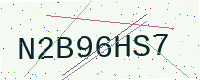
Text: N2B96HS7